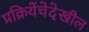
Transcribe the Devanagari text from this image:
प्रक्रियेंचेदेखील